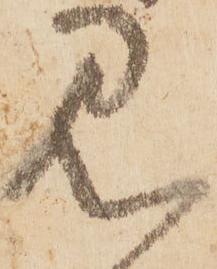
見